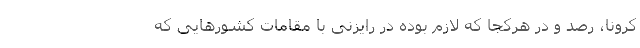
کرونا، رصد و در هرکجا که لازم بوده در رایزنی با مقامات کشورهایی که